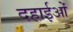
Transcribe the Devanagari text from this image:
दहाईओं